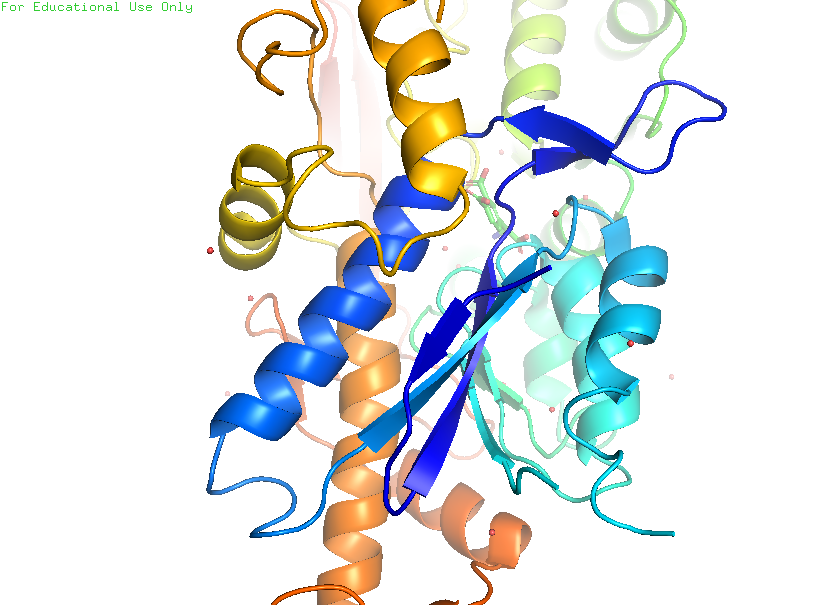
pymol, preset, pretty_solv